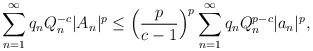
LaTeX: \begin{align*}{}&\displaystyle\sum_{n=1}^{\infty}q_{n}Q^{-c}_{n}|A_{n}|^{p}\leq\Big(\frac{p}{c-1}\Big)^{p}\displaystyle\sum_{n=1}^{\infty}q_{n}Q^{p-c}_{n}|a_{n}|^{p},\end{align*}